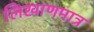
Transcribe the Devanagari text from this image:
लिखाणमात्र